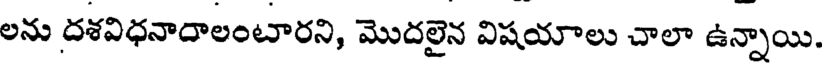
లను దశవిధనాదాలంటారని, మొదలైన విషయాలు చాలా ఉన్నాయి.